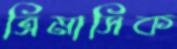
ত্রিমাসিক